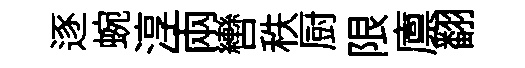
逐蜿淳兩轡秩厨限廪翻